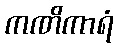
ကဏိကာရံ